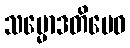
သမ္မောဒတိမေဝ